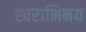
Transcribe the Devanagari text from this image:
स्वराभिनय